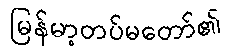
မြန်မာ့တပ်မတော်၏